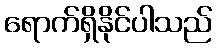
ရောက်ရှိနိုင်ပါသည်